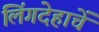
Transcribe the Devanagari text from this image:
लिंगदेहाचें